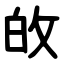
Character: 敀